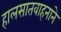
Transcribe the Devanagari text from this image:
हालसातवाहनाने